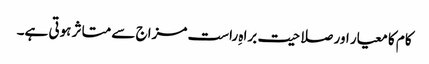
کام کا معیار اور صلاحیت براہِ راست مزاج سے متاثر ہوتی ہے۔